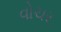
વોચર